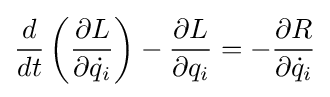
{\frac {d}{dt}}\left({\frac {\partial L}{\partial {\dot {q_{i}}}}}\right)-{\frac {\partial L}{\partial q_{i}}}=-{\frac {\partial R}{\partial {\dot {q}}_{i}}}